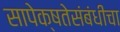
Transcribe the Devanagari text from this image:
सापेक्षतेसंबंधीचा